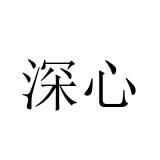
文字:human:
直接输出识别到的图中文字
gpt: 深心